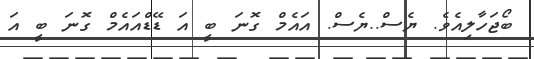
ބޯޖަހާލިއެވެ. ޔެސް..ޔެސް. އައެމް ގޮނަ ބީ އަ ޑޭޑްއައެމް ގޮނަ ބީ އަ